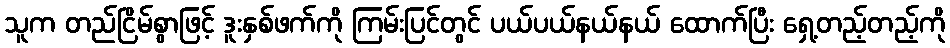
သူက တည်ငြိမ်စွာဖြင့် ဒူးနှစ်ဖက်ကို ကြမ်းပြင်တွင် ပယ်ပယ်နယ်နယ် ထောက်ပြီး ရှေ့တည့်တည့်ကို